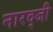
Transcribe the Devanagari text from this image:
नारद्जी